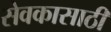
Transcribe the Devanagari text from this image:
सेवकासाठी